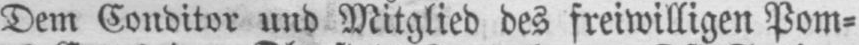
Dem Conditor und Mitglied des freiwilligen Pom⸗